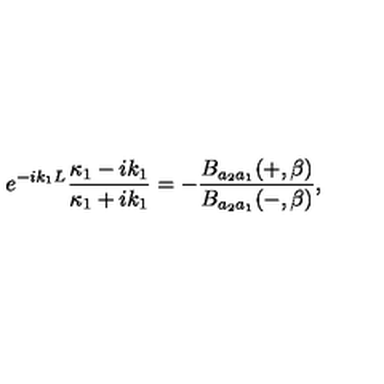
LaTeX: e ^ { - i k _ { 1 } L } \frac { \kappa _ { 1 } - i k _ { 1 } } { \kappa _ { 1 } + i k _ { 1 } } = - \frac { B _ { a _ { 2 } a _ { 1 } } ( + , \beta ) } { B _ { a _ { 2 } a _ { 1 } } ( - , \beta ) } ,